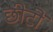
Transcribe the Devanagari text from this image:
छीटों